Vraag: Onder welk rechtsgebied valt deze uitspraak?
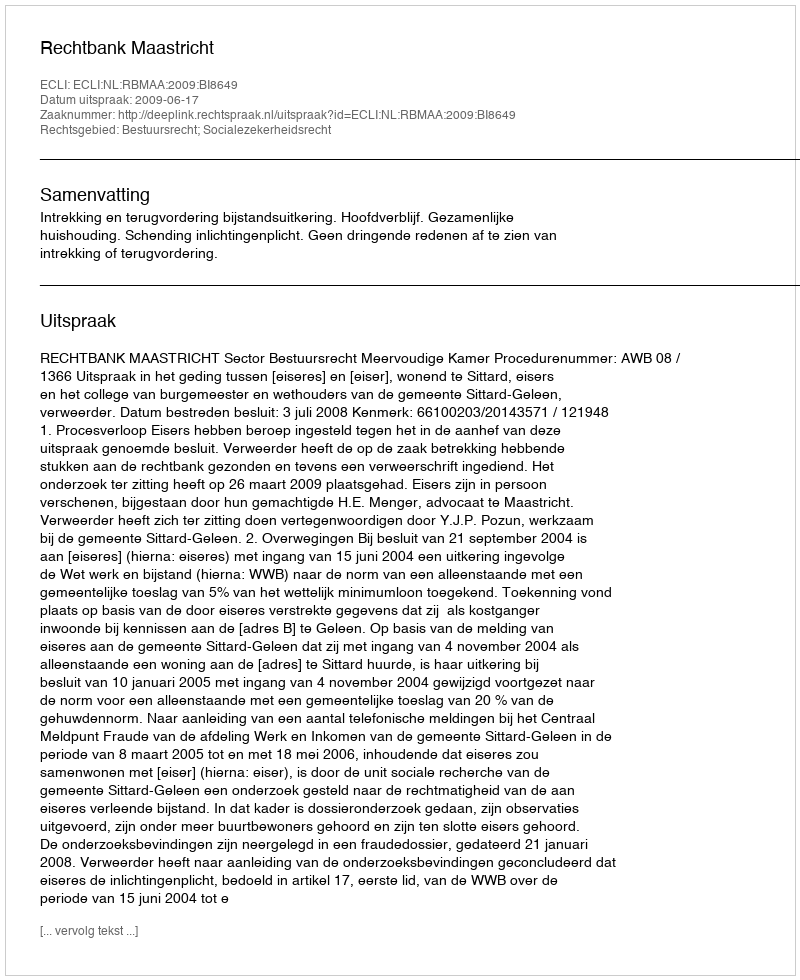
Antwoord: Bestuursrecht; Socialezekerheidsrecht